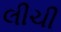
લીચી